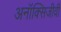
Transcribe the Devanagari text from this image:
अनॉक्सिजीवी